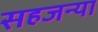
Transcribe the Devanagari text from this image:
सहजन्या